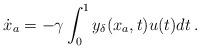
LaTeX: \begin{align*}\dot{{x}}_a = -\gamma \int_0^1 y_\delta({x}_a, t) u(t) dt \,.\end{align*}